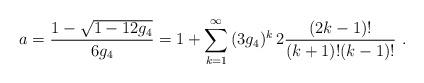
LaTeX: \begin{align*}a= \frac{1-\sqrt{1-12g_4}}{6g_4}=1+\sum_{k=1}^{\infty}\,(3g_4)^k\, 2 \frac{(2k-1)!}{(k+1)!(k-1)!} \ .\end{align*}